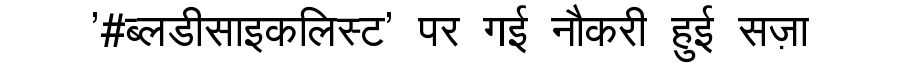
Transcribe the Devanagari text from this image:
'#ब्लडीसाइकलिस्ट' पर गई नौकरी हुई सज़ा